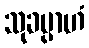
သုခမ္ပာဟံ